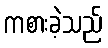
ကစားခဲ့သည်